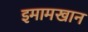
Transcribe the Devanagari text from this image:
इमामखान